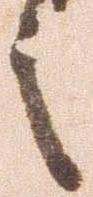
之